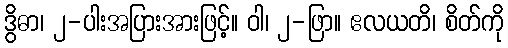
ဒွိဓာ၊ ၂-ပါးအပြားအားဖြင့်။ ဝါ၊ ၂-ဖြာ။ ဧလယတိ၊ စိတ်ကို